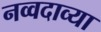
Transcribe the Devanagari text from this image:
नव्वदाव्या